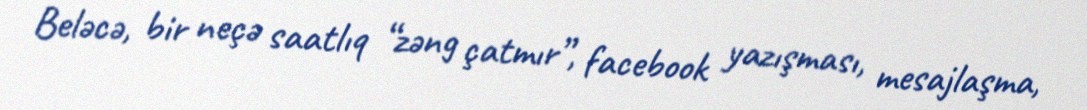
Beləcə, bir neçə saatlıq “zəng çatmır”, facebook yazışması, mesajlaşma,